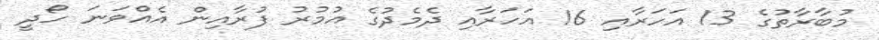
މުބާރާތުގެ 13 އަހަރާއި 16 އަހަރާއި ދެމެދުގެ އުމުރު ފުރާއިން އެއްވަނަ ހޯދީ